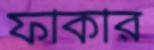
ফকিরি